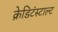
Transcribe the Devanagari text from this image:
क्रेडिटंस्टाल्ट